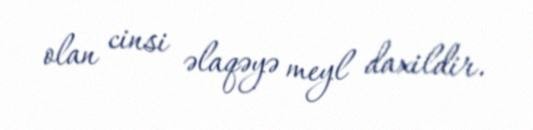
olan cinsi əlaqəyə meyl daxildir.